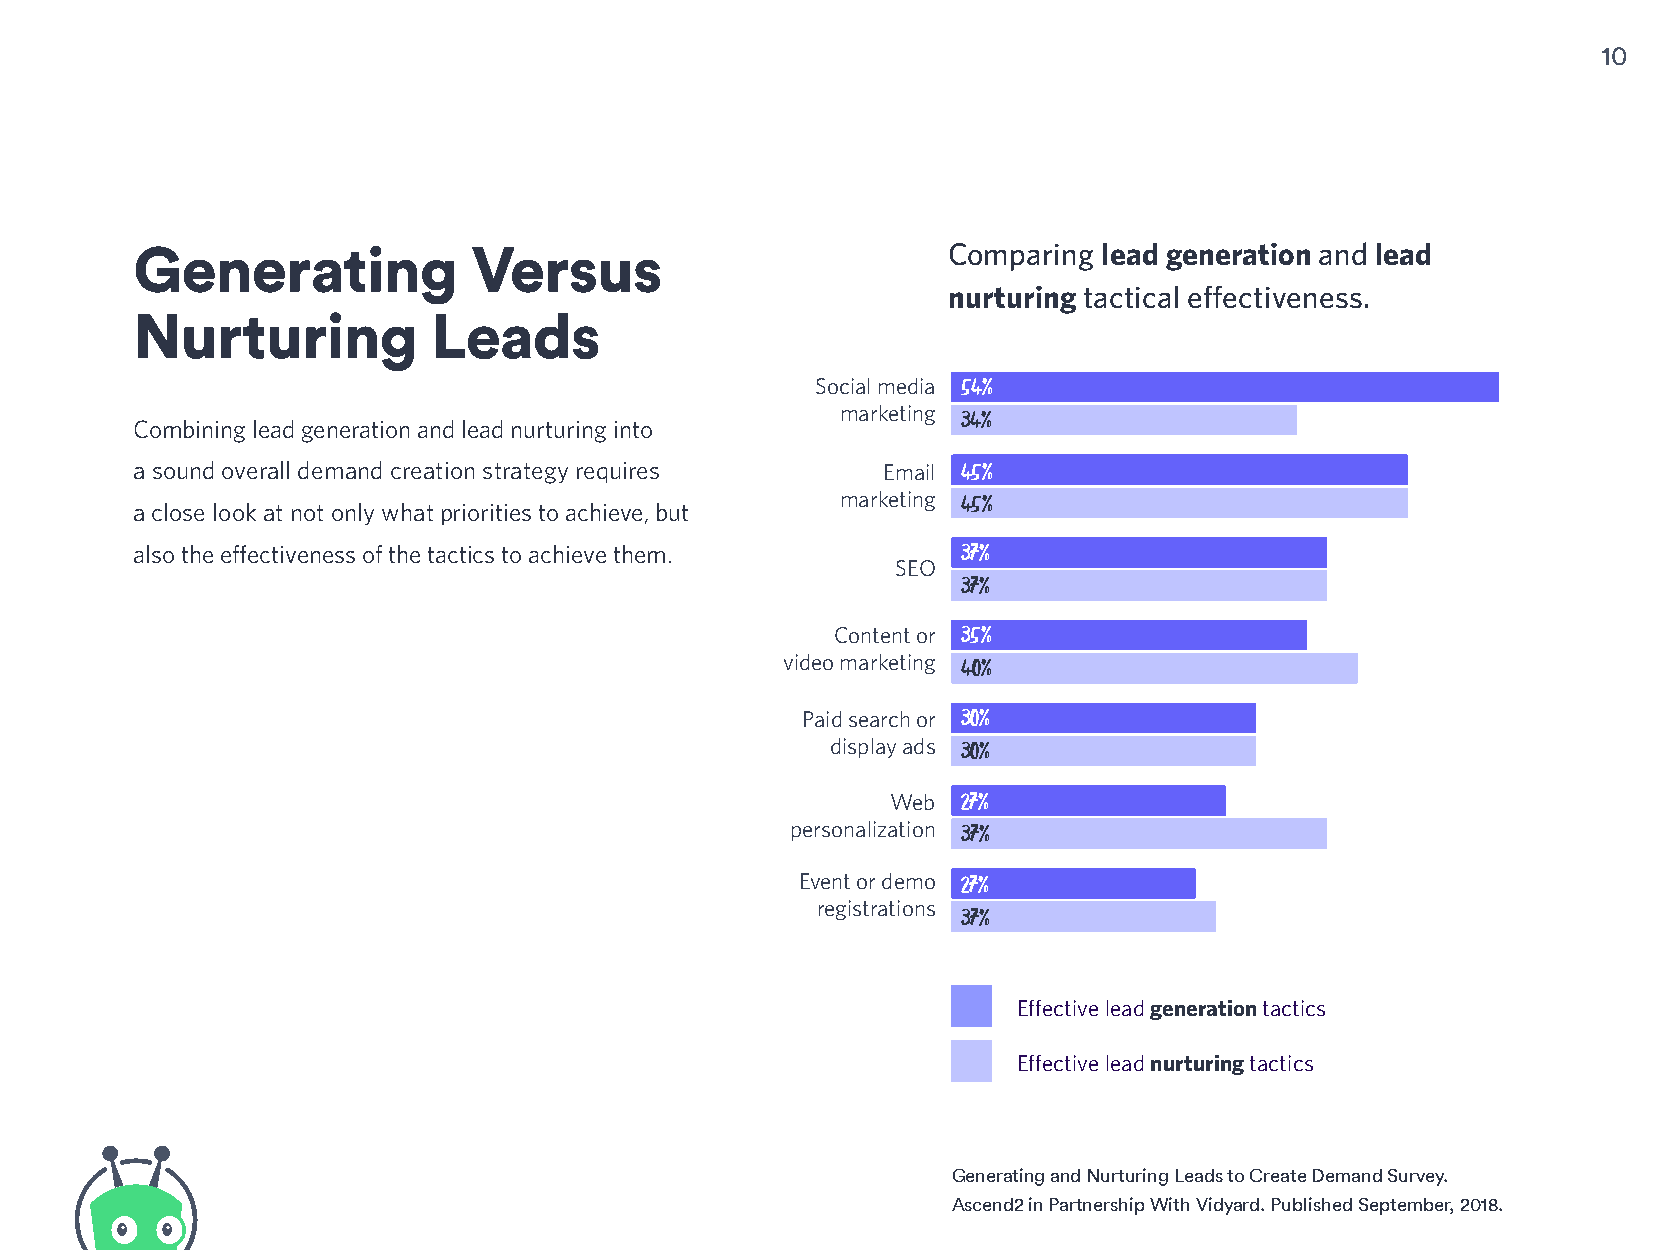
10
 Generating            Versus                          Comparing lead generation and lead
 nurturing tactical effectiveness.
 Nurturing           Leads
 Social media 54%
 marketing 34%
 Combining lead generation and lead nurturing into
 a sound overall demand creation strategy requires Email 45%
 marketing 45%
 a close look at not only what priorities to achieve, but
 also the effectiveness of the tactics to achieve them. 37%
 SEO
 37%
 Content or 35%
 video marketing 40%
 Paid search or 30%
 display ads 30%
 Web  27%
 personalization 37%
 Event or demo 27%
 registrations
 37%
 Effective lead generation tactics
 Effective lead nurturing tactics
 Generating and Nurturing Leads to Create Demand Survey.
 Ascend2 in Partnership With Vidyard. Published September, 2018.
 0
 10    20     30     40    50     60